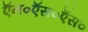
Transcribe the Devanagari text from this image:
ऍन०ऍस०ऍस०